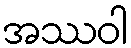
အဿဝါ